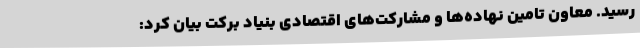
رسید. معاون تامین نهاده‌ها و مشارکت‌های اقتصادی بنیاد برکت بیان کرد: